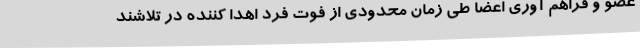
عضو و فراهم آوری اعضا طی زمان محدودی از فوت فرد اهدا کننده در تلاشند